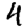
Digit: 4